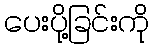
ပေးပို့ခြင်းကို